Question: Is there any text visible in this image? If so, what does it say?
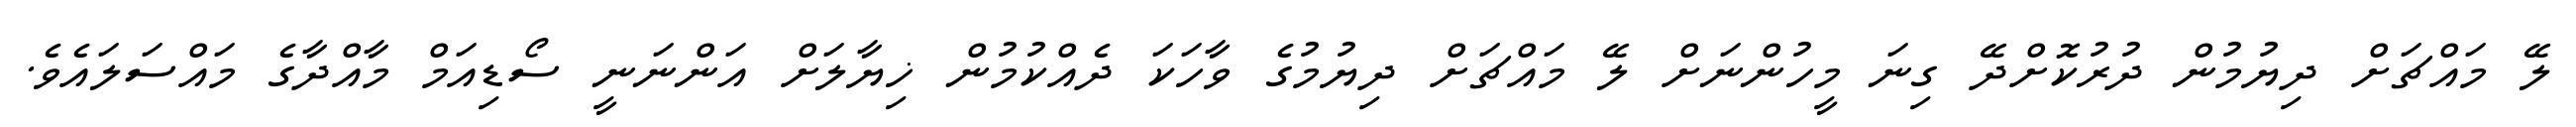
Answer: ލޭ މައްޗަށް ދިޔުމުން ދުރުކޮށްދޭ ގިނަ މީހުންނަށް ލޭ މައްޗަށް ދިޔުމުގެ ވާހަކަ ދެއްކުމުން ޚިޔާލަށް އަންނަނީ ސޯޑިއަމް މާއްދާގެ މައްސަލައެވެ.